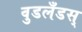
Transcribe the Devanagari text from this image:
वुडलँडस्